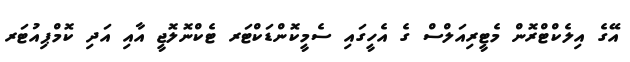
އޭގެ އިލެކްޓްރޮން މެޓީރިއަލްސް ގެ އެހީގައި ސެމީކޮންޑަކްޓަރ ޓެކްނޮލޮޖީ އާއި އަދި ކޮމްޕިއުޓަރ